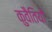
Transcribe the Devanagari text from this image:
कुवैतियों